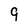
Character: 9